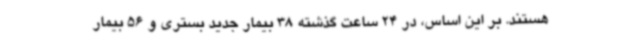
هستند. بر این اساس، در 24 ساعت گذشته 38 بیمار جدید بستری و 56 بیمار